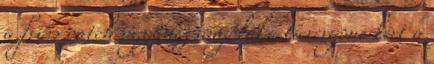
a friss patch ugyanez angolul . Nevergone kért a